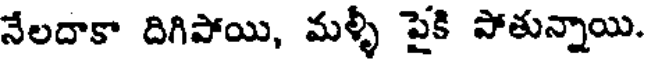
నేలదాకా దిగిపోయి, మళ్ళీ పైకి పోతున్నాయి.